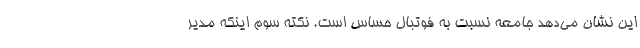
این نشان می‌دهد جامعه نسبت به فوتبال حساس است. نکته سوم اینکه مدیر